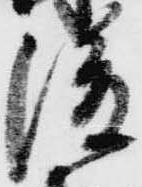
後